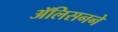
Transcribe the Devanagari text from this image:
ॲलिसनने